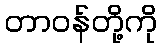
တာဝန်တို့ကို